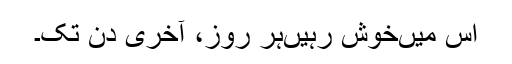
اس میں‌خوش رہیں‌ہر روز، آخری دن تک۔